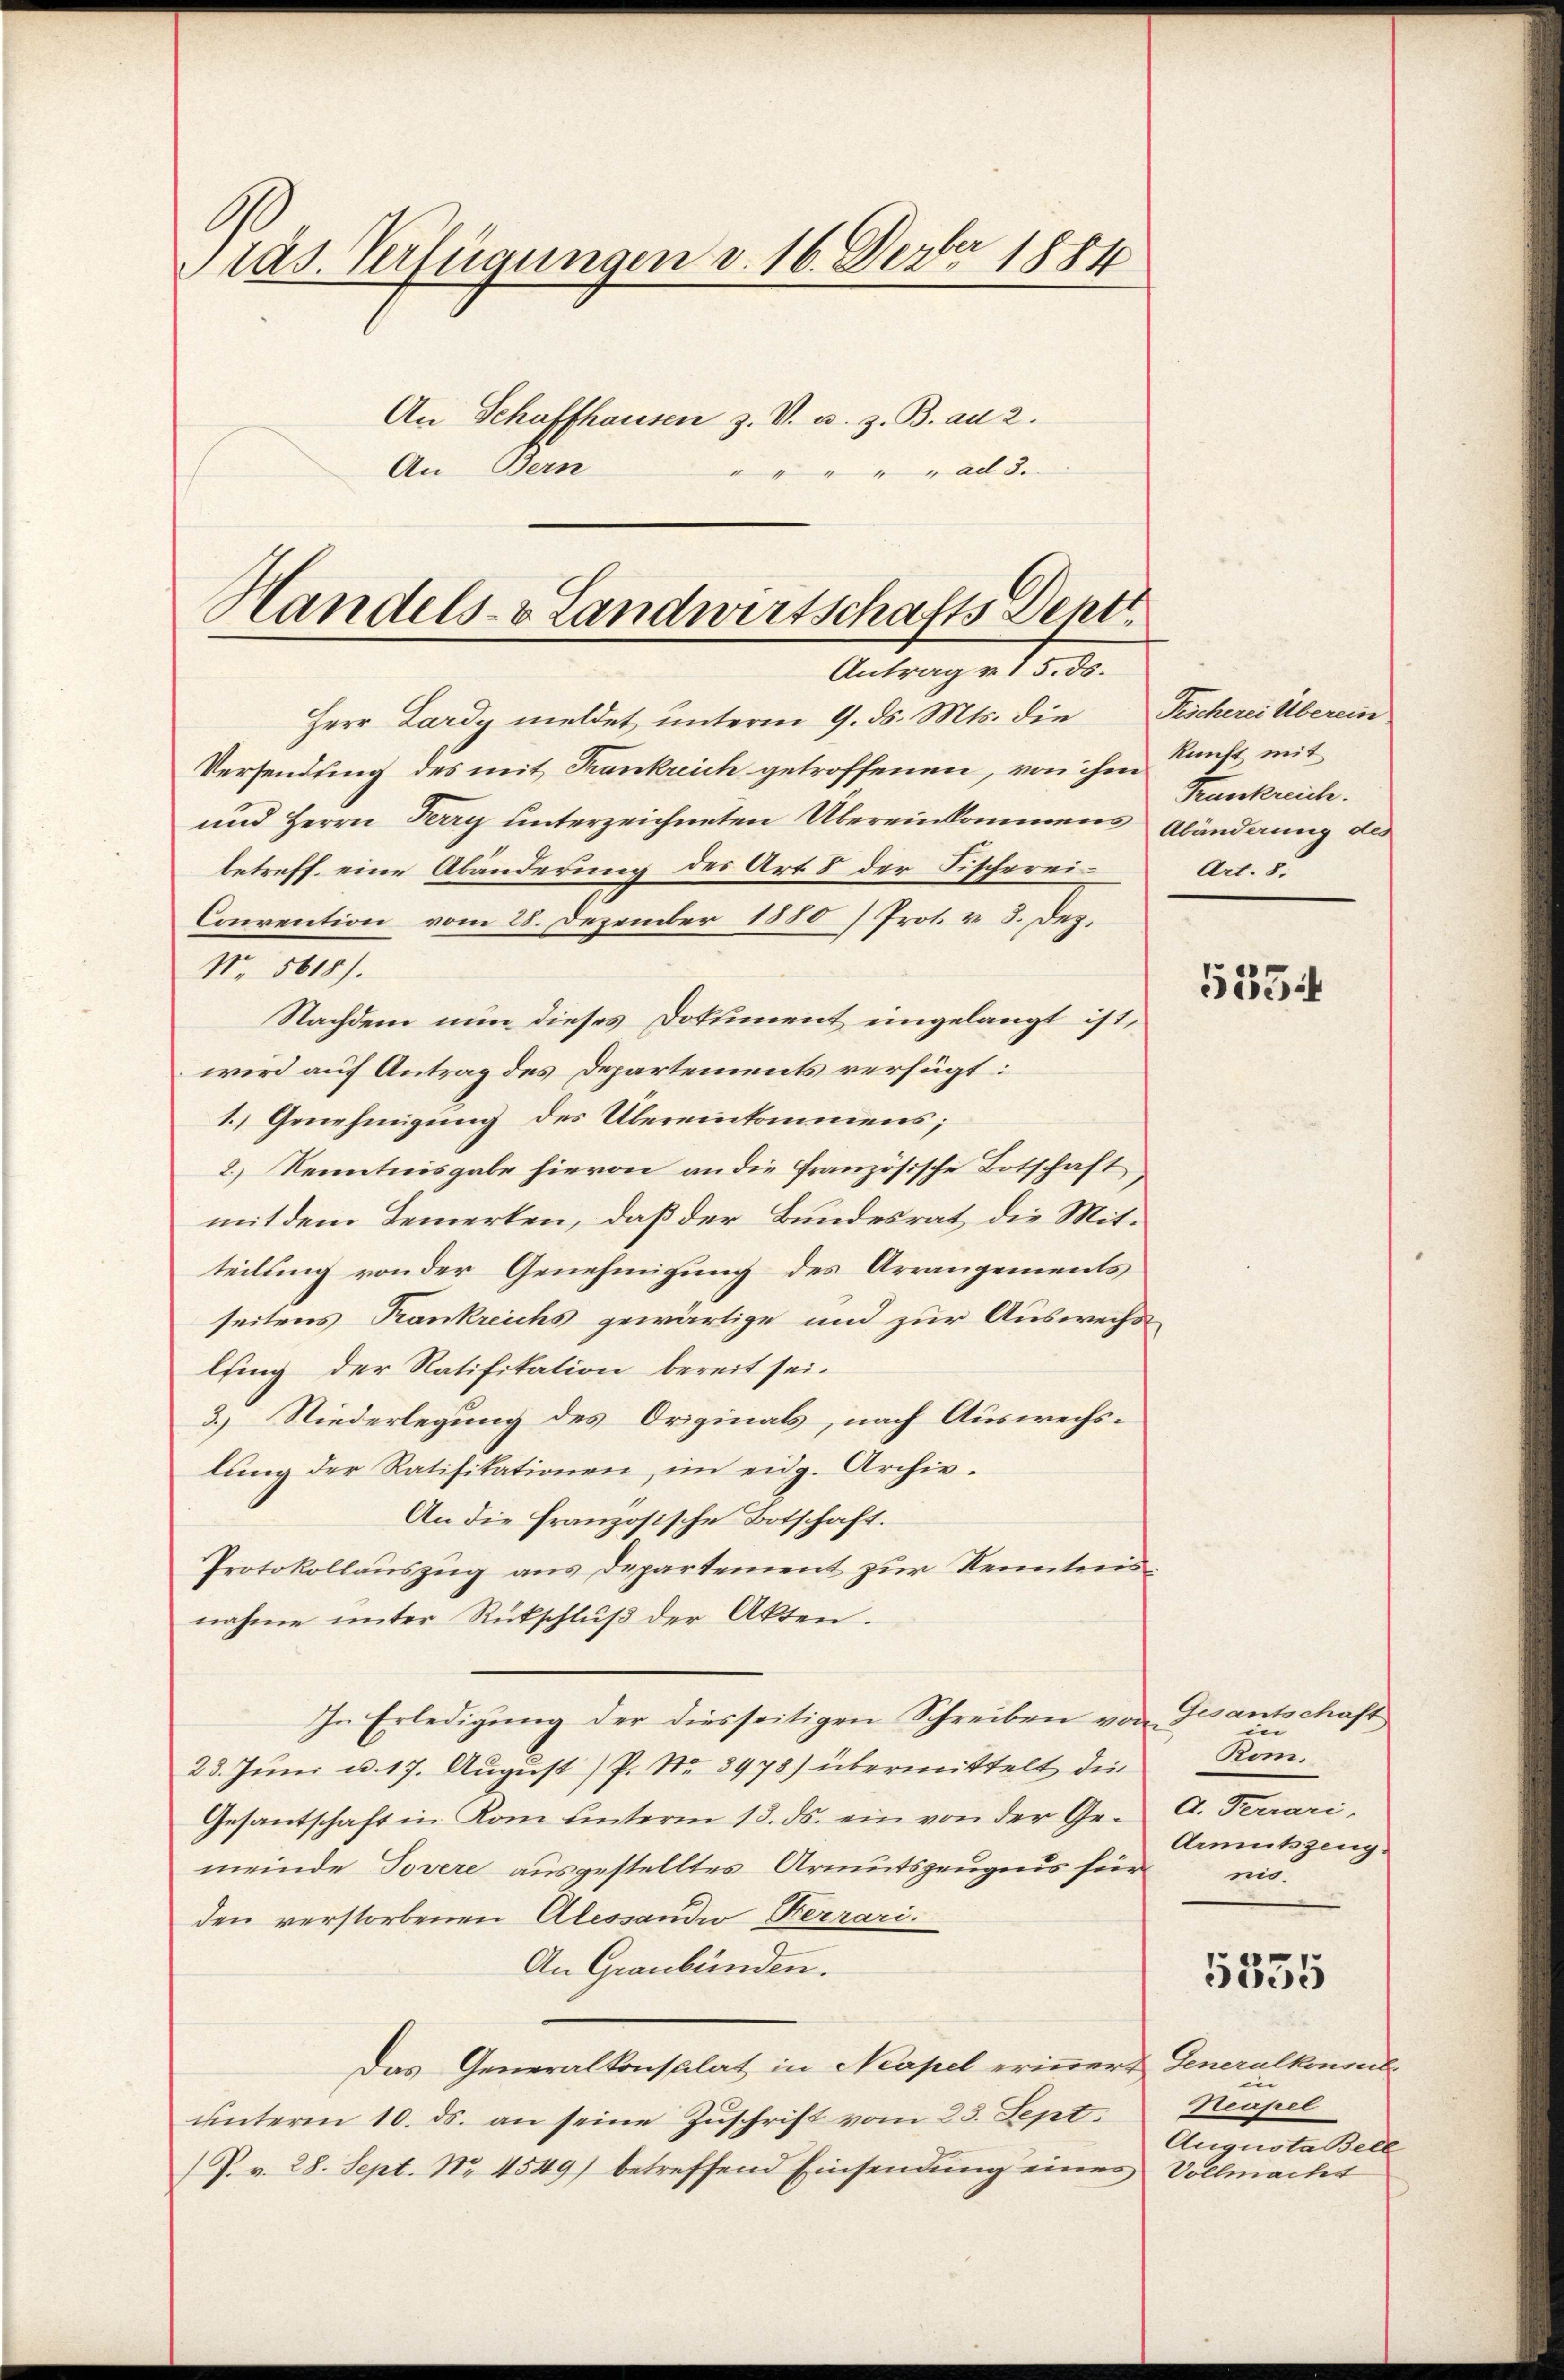
ras. Verfügungen v. 16. Dezbr 1884
An Schaffhausen z. V. u. z. B. an 2.
An Bern
"all de

Handels- & Landwirtschafts Sept.
Antrag v. 15. ds.

Krankreich.
Art. 8.

Herr Lardy meldet unterm 9. ds. Mts. die Tischereitberein
Versendung des mit Frankreich getroffenen, von ihm Kunst mit
und Herrn Ferry unterzeichneten Übereinkommens Abänderung des
betreff eine Abänderung des Art 8 der Fischerei¬
Convention vom 28. Dezember 1880 / Prot. v. 3. Dez.
No. 5618).
Nachdem nun dieses Dokument eingelangt ist,
wird auf Antrag des Departements verfügt:
1.) Genehmigung des Übereinkommens;
2.) Kenntnisgabe hievon an die französische Botschaft,
mit dem Temerken, daß der Bundesrat die Mitteilung von der Genehmigung des Arrangements
seitens Krankreichs gewärtige und zur Auswechs
ltung der Ratifikation bereit sei.
3.) Niederlegung des Originals, nach Auswechslung der Ratifikationen, im eidg. Archiv¬
An die französische Botschaft.
Protokollauszug aus Departement zur Kenntnisnahme unter Rückschluß der Akten.
In Erledigung der diesseitigen Schreiben von
23. Juni u. 17. August (P. Nr. 3978) übermittelt, die
Gesantschaft in Kom ŭnterm 13. ds. ein von der Ge- A. Terrari-
meinde Tovere ausgestelltes Armutszeugens für
den verstorbenen Alessandio Berrari.
An Graubünden.
Das Generalkonsulat in Neapel erinnert Generalkonsil
unterm 10. ds. an seine Zuschrift vom 23. Sept.
(P. v. 28. Sept. Nr. 4549) betreffend Einsendung einer Vollmacht

5354

Gesantschaft
Kom.
Armutszeug
nis.

5335

in
Neapel
Augusta Bell